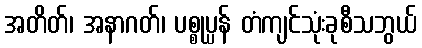
အတိတ်၊ အနာဂတ်၊ ပစ္စုပ္ပန် တံကျင်သုံးခုစီသဘွယ်